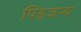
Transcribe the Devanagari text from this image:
पिंडजन्य